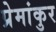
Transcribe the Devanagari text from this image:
प्रेमांकुर